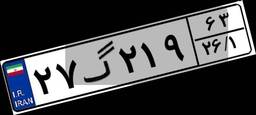
۴۴گ۱۰۹۶۵